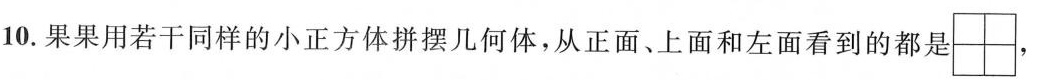
10.果果用若干同样的小正方体拼摆几何体，从正面、上面和左面看到的都是\Box \Box